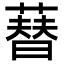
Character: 𦻘